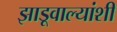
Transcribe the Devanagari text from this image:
झाडूवाल्यांशी